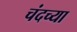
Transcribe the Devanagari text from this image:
चंदच्या